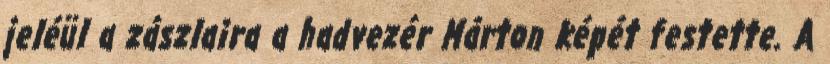
jeléül a zászlaira a hadvezér Márton képét festette. A